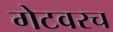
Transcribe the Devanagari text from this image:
गेटवरच